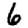
Digit: 6